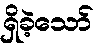
ရှိခဲ့သော်